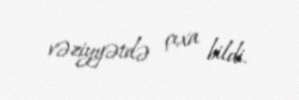
vəziyyətdə çıxa bildi.